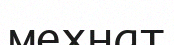
мехнат